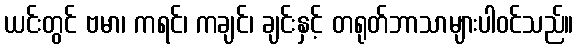
ယင်းတွင် ဗမာ၊ ကရင်၊ ကချင်၊ ချင်းနှင့် တရုတ်ဘာသာများပါဝင်သည်။